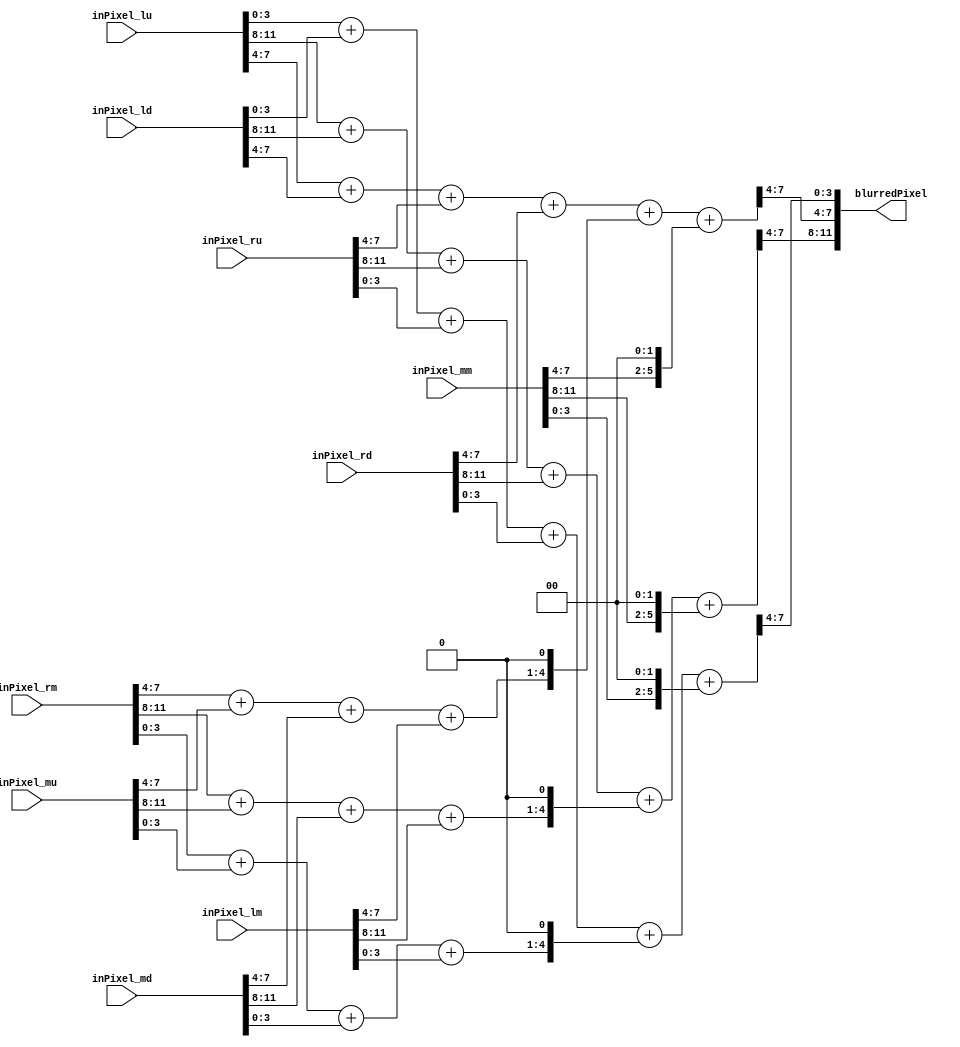
module Gaussian3x3(
    input [11:0]  inPixel_lu,
    input [11:0]  inPixel_lm,
    input [11:0]  inPixel_ld,
    input [11:0]  inPixel_mu,
    input [11:0]  inPixel_mm,
    input [11:0]  inPixel_md,
    input [11:0]  inPixel_ru,
    input [11:0]  inPixel_rm,
    input [11:0]  inPixel_rd,
    
    output [11:0] blurredPixel
    );
    genvar i;
    wire [17:0] cornerPixels;   // 3 pixels, 6 bits each (F*4 << 0 == 0x3C)
    wire [20:0] edgePixels;     // 3 pixels, 7 bits each (F*4 << 1 == 0x78)
    wire [17:0] middlePixel;    // 3 pixels, 6 bits each (F   << 2 == 0x3C)
    wire [8*3-1:0] addVal;      // 3 pixels, 8 bits each (0x3C + 0x78 + 0x3C == 0xF0)
    generate
        for (i = 0; i < 3; i=i+1) begin
            // just add the corners together
            assign cornerPixels[6*(i+1)-1:6*i] = inPixel_lu[4*(i+1)-1:4*i] +
                                                 inPixel_ld[4*(i+1)-1:4*i] +
                                                 inPixel_ru[4*(i+1)-1:4*i] +
                                                 inPixel_rd[4*(i+1)-1:4*i];
            // multiply these by two and add, do by left shifting once
            assign edgePixels[7*(i+1)-1:7*i]   = {(inPixel_rm[4*(i+1)-1:4*i] +
                                                   inPixel_mu[4*(i+1)-1:4*i] +
                                                   inPixel_md[4*(i+1)-1:4*i] +
                                                   inPixel_lm[4*(i+1)-1:4*i]  ), 1'b0};

            // multiply by 4, left shift twice
            assign middlePixel[6*(i+1)-1:6*i]  = {inPixel_mm[4*(i+1)-1:4*i] , 2'b00};

            // add these all up
            assign addVal[8*(i+1)-1:8*i] = cornerPixels[6*(i+1)-1:6*i] + edgePixels[7*(i+1)-1:7*i] + middlePixel[6*(i+1)-1:6*i];

            // divide by 16, right shift by 4 (take upper 4 bits of each pixel), if MSB == 1, we overflowed, just set as max pixel value
            assign blurredPixel[4*(i+1)-1:4*i] = addVal[8*(i+1)-1:8*i + 4];
        end
    endgenerate
endmodule